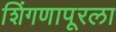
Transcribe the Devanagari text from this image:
शिंगणापूरला